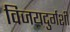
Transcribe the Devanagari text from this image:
विजयदुर्गशी